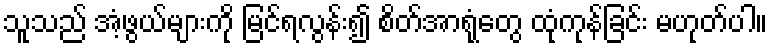
သူသည် အံ့ဖွယ်များကို မြင်ရလွန်း၍ စိတ်အာရုံတွေ ထုံကုန်ခြင်း မဟုတ်ပါ။